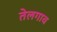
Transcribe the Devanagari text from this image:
तेलगाव